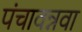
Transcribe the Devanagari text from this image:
पंचावन्नवा